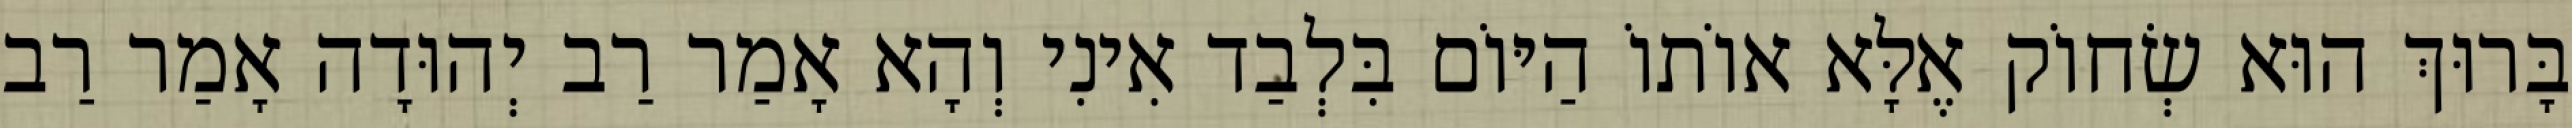
בָּרוּךְ הוּא שְׂחוֹק אֶלָּא אוֹתוֹ הַיּוֹם בִּלְבַד אִינִי וְהָא אָמַר רַב יְהוּדָה אָמַר רַב